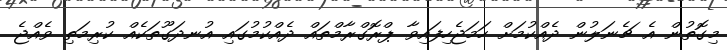
މިގޮތުން އެ ޗެނަލުން ދެއްކުމަށް ހަމަޖެހިފައިވާ ޕްރޮގްރާމްތައް ދެއްކުމުގައި އުނދަގޫތަކެއް ކުރިމަތި ވެއްޖެ